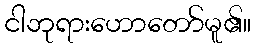
ငါဘုရားဟောတော်မူ၏။